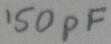
Text: 150pF